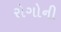
રોગોની